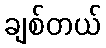
ချစ်တယ်